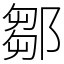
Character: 鄒